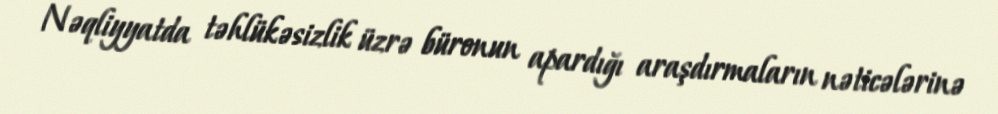
Nəqliyyatda təhlükəsizlik üzrə büronun apardığı araşdırmaların nəticələrinə